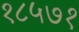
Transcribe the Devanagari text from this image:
१८५७१